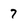
Character: 7